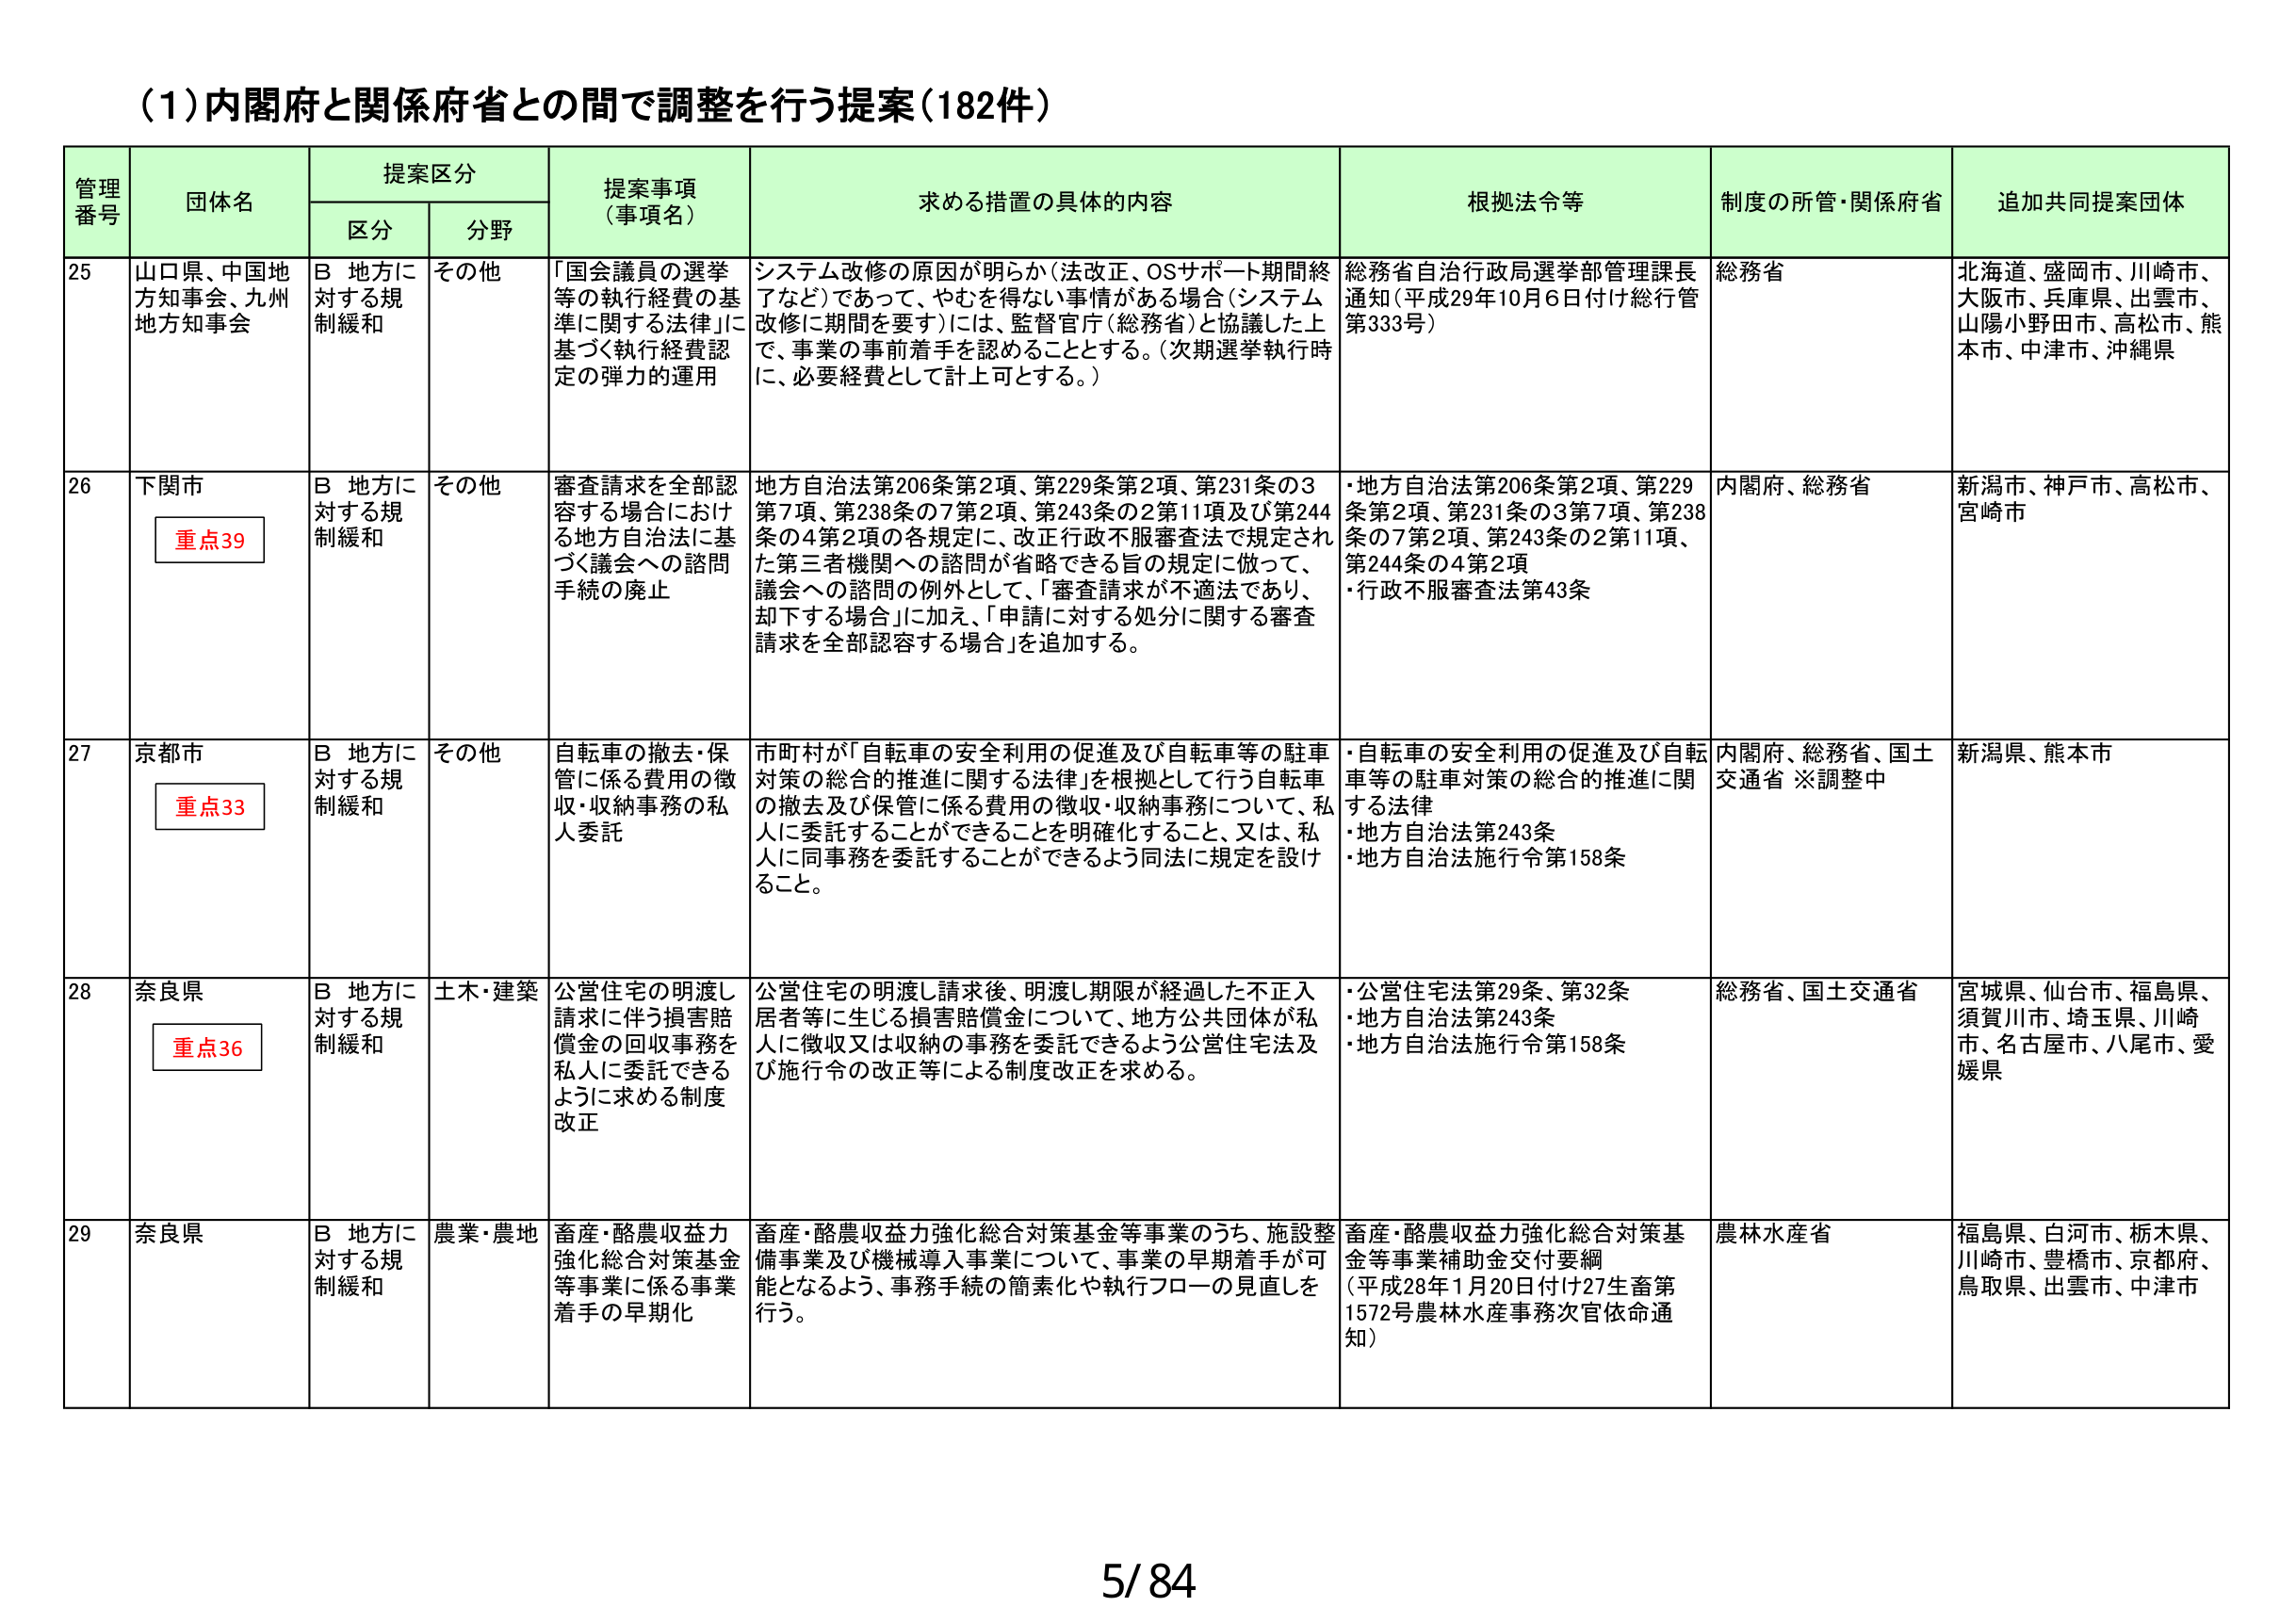
(1)内閣府と関係府省との間で調整を行う提案(182件)

管理番号 団体名 提案区分 提案事項（事項名） 求める措置の具体的内容 根拠法令等 制度の所管・関係府省 追加共同提案団体
区分 分野

25 山口県、中国地方知事会、九州地方知事会 B 地方に対する規制緩和 その他 「国会議員の選挙等の執行経費の基準に関する法律」に基づく執行経費認定の弾力的運用 システム改修の原因が明らか（法改正、OSサポート期間終了など）であって、やむを得ない事情がある場合（システム改修に期間を要す）には、監督官庁（総務省）と協議した上で、事業の事前着手を認めることとする。（次期選挙執行時に、必要経費として計上可とする。） 総務省自治行政局選挙部管理課長通知（平成29年10月6日付け総行管第333号） 総務省 北海道、盛岡市、川崎市、大阪市、兵庫県、出雲市、山陽小野田市、高松市、熊本市、中津市、沖縄県

26 下関市 重点39 B 地方に対する規制緩和 その他 審査請求を全部認容する場合における地方自治法に基づく議会への諮問手続の廃止 地方自治法第206条第2項、第229条第2項、第231条の3第7項、第238条の7第2項、第243条の2第11項及び第244条の4第2項の各規定に、改正行政不服審査法で規定された第三者機関への諮問が省略できる旨の規定に倣って、議会への諮問の例外として、「審査請求が不適法であり、却下する場合」に加え、「申請に対する処分に関する審査請求を全部認容する場合」を追加する。 ・地方自治法第206条第2項、第229条第2項、第231条の3第7項、第238条の7第2項、第243条の2第11項、第244条の4第2項 ・行政不服審査法第43条 内閣府、総務省 新潟市、神戸市、高松市、宮崎市

27 京都市 重点33 B 地方に対する規制緩和 その他 自転車の撤去・保管に係る費用の徴収・収納事務の私人委託 市町村が「自転車の安全利用の促進及び自転車等の駐車対策の総合的推進に関する法律」を根拠として行う自転車の撤去及び保管に係る費用の徴収・収納事務について、私人に委託することができるこを明確化すること、又は、私人に同事務を委託することができるよう同法に規定を設けること。 ・自転車の安全利用の促進及び自転車等の駐車対策の総合的推進に関する法律 ・地方自治法第243条 ・地方自治法施行令第158条 内閣府、総務省、国土交通省 ※調整中 新潟県、熊本市

28 奈良県 重点36 B 地方に対する規制緩和 土木・建築 公営住宅の明渡し請求に伴う損害賠償金の回収事務を私人に委託できるように求める制度改正 公営住宅の明渡し請求後、明渡し期限が経過した不正入居者等に生じる損害賠償金について、地方公共団体が私人に徴収又は収納の事務を委託できるよう公営住宅法及び施行令の改正等による制度改正を求める。 ・公営住宅法第29条、第32条 ・地方自治法第243条 ・地方自治法施行令第158条 総務省、国土交通省 宮城県、仙台市、福島県、須賀川市、埼玉県、川崎市、名古屋市、八尾市、愛媛県

29 奈良県 B 地方に対する規制緩和 農業・農地 畜産・酪農収益力強化総合対策基金等事業に係る事業着手の早期化 畜産・酪農収益力強化総合対策基金等事業のうち、施設整備事業及び機械導入事業について、事業の早期着手が可能となるよう、事務手続の簡素化や執行フローの見直しを行う。 畜産・酪農収益力強化総合対策基金等事業補助金交付要綱（平成28年1月20日付け27生畜第1572号農林水産事務次官依命通知） 農林水産省 福島県、白河市、栃木県、川崎市、豊橋市、京都府、鳥取県、出雲市、中津市

5/84